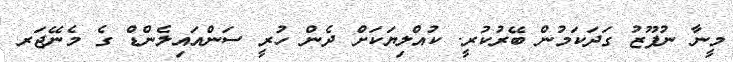
މީނާ ނުފޫޒު ގަދަކަމުން ބޭރުކުރީ. ކުއްލިޔަކަށް ދެން ހުރީ ސަންއައިލެންޑް ގެ މެނޭޖަރ